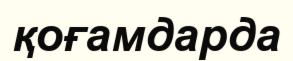
қоғамдарда